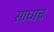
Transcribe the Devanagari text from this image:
साधाच